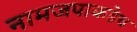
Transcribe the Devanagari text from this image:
नामजपाकडेच